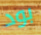
بود